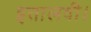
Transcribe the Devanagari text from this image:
इतालवी।